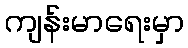
ကျန်းမာရေးမှာ